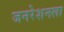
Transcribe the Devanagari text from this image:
जनरेशनला